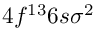
4 f ^ { 1 3 } 6 s \sigma ^ { 2 }